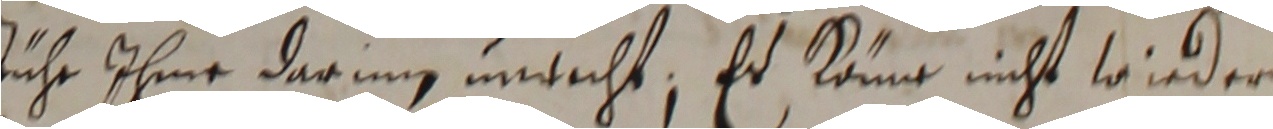
fuhr ihme darunn indecht, er kane nicht wirder